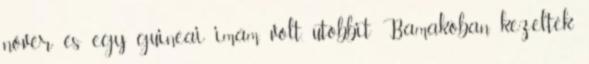
nővér és egy guineai imám volt, utóbbit Bamakóban kezelték